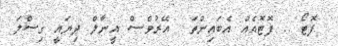
ފޮޓޯ .. ފޮޓޮއެއް އެބައިންތަ  އޭރުވެސް އީނާލް ދިޔައީ ގިސްލަ